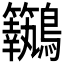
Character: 𪈢